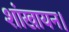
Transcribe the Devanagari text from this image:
शांखायन।